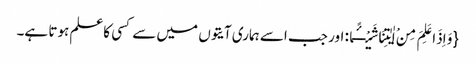
{وَ اِذَا عَلِمَ مِنْ اٰیٰتِنَا شَیْــٴًـا: اور جب اسے ہماری آیتوں میں سے کسی کاعلم ہوتا ہے۔